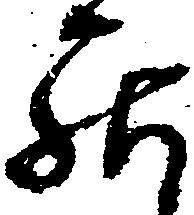
罷